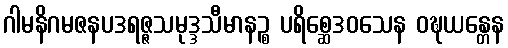
ဂါမနိဂမဇနပဒရဇ္ဇသမုဒ္ဒသီမာနဉ္စ ပရိစ္ဆေဒဝသေန ဝဍ္ဎယန္တေန